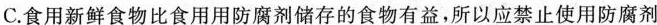
C.食用新鲜食物比食用用防腐剂储存的食物有益，所以应禁止使用防腐剂